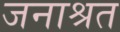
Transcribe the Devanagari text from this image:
जनाश्रत